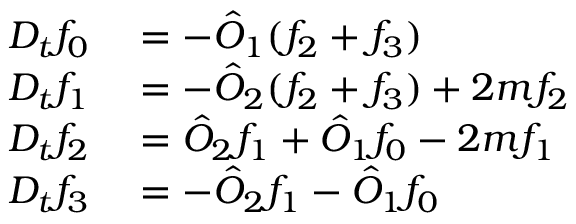
\begin{array} { r l } { D _ { t } f _ { 0 } } & { { } = - \hat { O } _ { 1 } ( f _ { 2 } + f _ { 3 } ) } \\ { D _ { t } f _ { 1 } } & { { } = - \hat { O } _ { 2 } ( f _ { 2 } + f _ { 3 } ) + 2 m f _ { 2 } } \\ { D _ { t } f _ { 2 } } & { { } = \hat { O } _ { 2 } f _ { 1 } + \hat { O } _ { 1 } f _ { 0 } - 2 m f _ { 1 } } \\ { D _ { t } f _ { 3 } } & { { } = - \hat { O } _ { 2 } f _ { 1 } - \hat { O } _ { 1 } f _ { 0 } } \end{array}